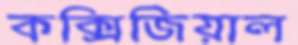
কক্সিজিয়াল